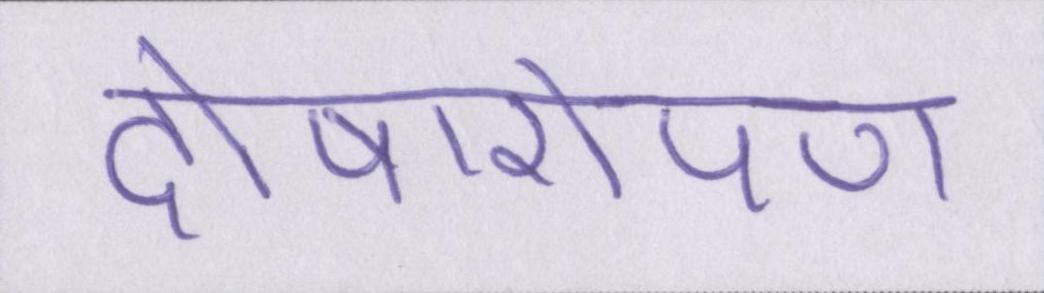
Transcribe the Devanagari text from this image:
दोषारोपण